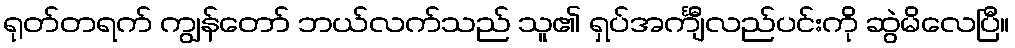
ရုတ်တရက် ကျွန်တော် ဘယ်လက်သည် သူ၏ ရှပ်အင်္ကျီလည်ပင်းကို ဆွဲမိလေပြီ။